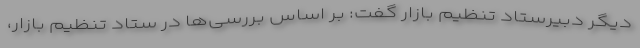
دیگر دبیرستاد تنظیم بازار گفت: بر اساس بررسی‌ها در ستاد تنظیم بازار،